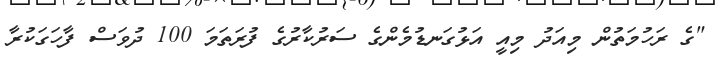
"ގެ ރަހުމަތުން މިއަދު މިއީ އަޅުގަނޑުމެންގެ ސަރުކާރުގެ ފުރަތަމަ 100 ދުވަސް ފާހަގަކުރާ